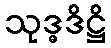
သုဒ္ဓဒိဋ္ဌိ